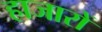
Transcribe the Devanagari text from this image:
हाजारों